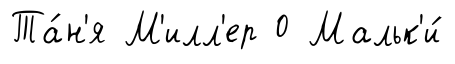
Та́н'я М'илл'ер 0 Мальк'и́